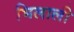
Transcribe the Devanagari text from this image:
भिलाली